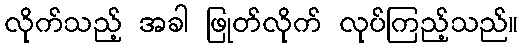
လိုက်သည့် အခါ ဖြုတ်လိုက် လုပ်ကြည့်သည်။